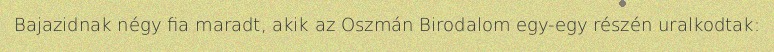
Bajazidnak négy fia maradt, akik az Oszmán Birodalom egy-egy részén uralkodtak: